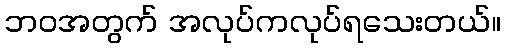
ဘဝအတွက် အလုပ်ကလုပ်ရသေးတယ်။